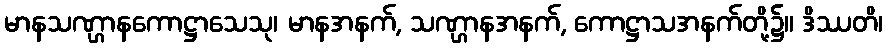
မာနသဏ္ဌာနကောဋ္ဌာသေသု၊ မာနအနက်, သဏ္ဌာနအနက်, ကောဋ္ဌာသအနက်တို့၌။ ဒိဿတိ၊